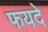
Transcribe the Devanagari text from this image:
फयदे